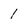
Character: 1